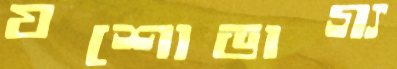
যশোভাগ্য